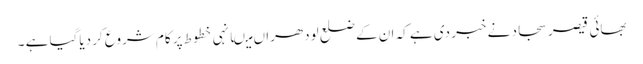
بھائی قیصر سجاد نے خبر دی ہے کہ ان کے ضلع لودھراں میںانہی خطوط پر کام شروع کر دیاگیا ہے ۔